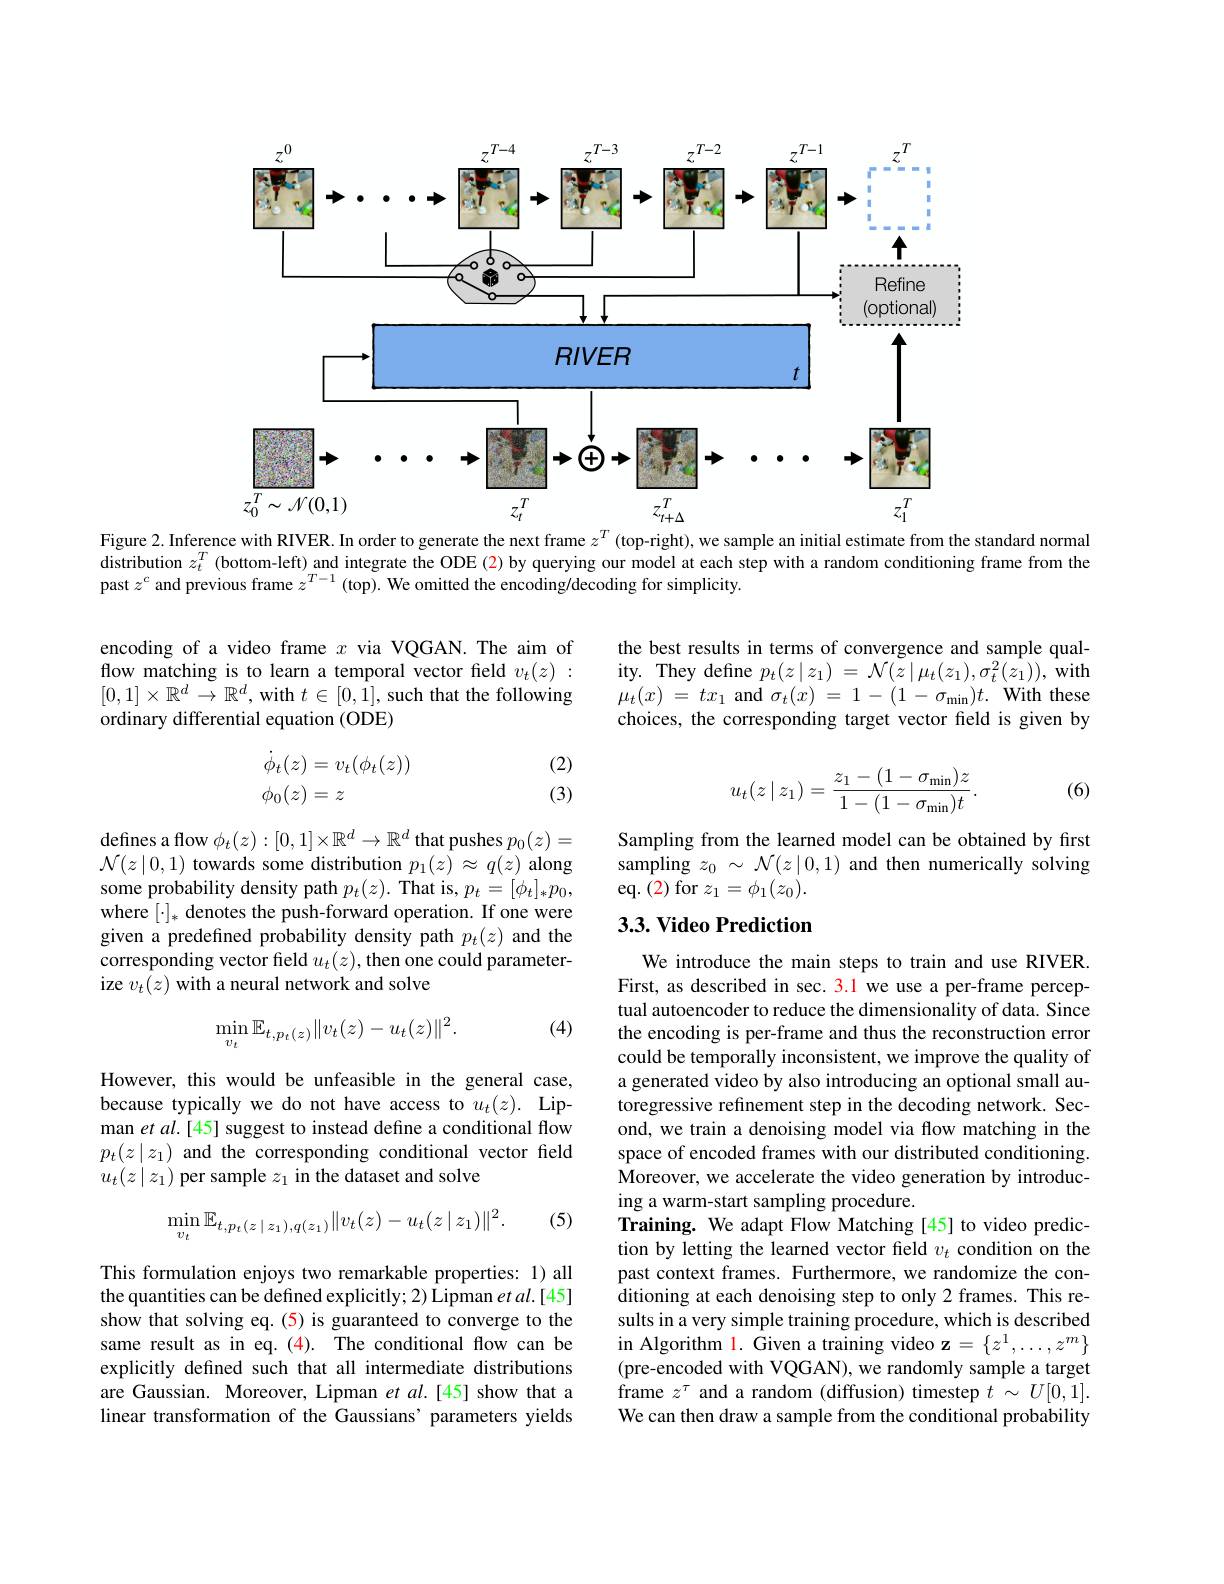
<FigureHere>
Figure 2. Inference with RIVER. In order to generate the next frame $z^T$ (top-right), we sample an initial estimate from the standard normal

distribution $z_t^T$ (bottom-left) and integrate the ODE (2) by querying our model at each step with a random conditioning frame from the
past $z^c$ and previous frame $z^T-1$ (top). We omitted the encoding/decoding for simplicity.

encoding of a video frame $x$ via VQGAN. The aim of flow matching is to learn a temporal vector field $v_t(z):$ $[0,1]\times\mathbb{R}^d\to\mathbb{R}^d$,with $t\in[0,\hat{1}]$, such that the following ordinary differential equation (ODE)

the best results in terms of convergence and sample quality. They define $p_{t}( z\mid z_{1})$ = ${\mathcal{N} }( z\mid \mu _{t}( z_{1}) , \sigma _{t}^{2}( z_{1}) ) $, ${\mathrm{with}}$ $\mu _{t}( x)$ = $tx_{1}$ and $\sigma _t( x)$ = 1 - (1 - $\sigma _{\min }) t.$ With these choices, the corresponding target vector field is given by
$$\begin{aligned}\dot{\phi}_t(z)&=v_t(\phi_t(z))\\\phi_0(z)&=z\end{aligned}$$
(2) (3)

(6)
$$u_t(z\mid z_1)=\frac{z_1-(1-\sigma_{\min})z}{1-(1-\sigma_{\min})t}.$$
Sampling from the learned model can be obtained by first sampling $z_0\sim\mathcal{N}(z\mid0,1)$ and then numerically solving eq. (2) for $z_1=\phi_1(z_0).$

defines a flow $\phi_t(z):[0,1]\times\mathbb{R}^d\to\mathbb{R}^d$ that pushes $p_0(z)=$ $\mathcal{N}(z\mid0,1)$ towards some distribution $p_1(z)\approx q(z)$ along some probability density path $p_t(z).$ That is, $p_t=[\phi_t]_*p_0$, where $[\cdot]_*$ denotes the push-forward operation. If one were given a predefined probability density path $p_t(z)$ and the corresponding vector field $u_t(z)$, then one could parameterize $v_t(z)$ with a neural network and solve

### 3.3. Video Prediction

(4)
$$\min_{v_t}\mathbb{E}_{t,p_t(z)}\|v_t(z)-u_t(z)\|^2.$$
However, this would be unfeasible in the general case, because typically we do not have access to $u_t(z).$ Lipman et al.[45] suggest to instead define a conditional flow $p_t(z\mid z_1)$ and the corresponding conditional vector field $u_{t}(z\mid z_{1})$ per sample $z_1$ in the dataset and solve

We introduce the main steps to train and use RIVER First, as described in sec. 3.1 we use a per-frame perceptual autoencoder to reduce the dimensionality of data. Since the encoding is per-frame and thus the reconstruction error could be temporally inconsistent, we improve the quality of a generated video by also introducing an optional small autoregressive refinement step in the decoding network. Second, we train a denoising model via flow matching in the space of encoded frames with our distributed conditioning. Moreover, we accelerate the video generation by introducing a warm-start sampling procedure.
Training. We adapt Flow Matching [45] to video prediction by letting the learned vector field $v_t$ condition on the past context frames. Furthermore, we randomize the conditioning at each denoising step to only 2 frames. This re- sults in a very simple training procedure, which is described in Algorithm 1. Given a training video $\mathbf{z}=\{z^1,\ldots,z^m\}$ (pre-encoded with VQGAN), we randomly sample a target frame $z^\tau$ and a random (diffusion) timestep $t\sim U[0,1].$ We can then draw a sample from the conditional probability
$$\min_{v_t}\mathbb{E}_{t,p_t(z\mid z_1),q(z_1)}\|v_t(z)-u_t(z\mid z_1)\|^2.$$
(5)

This formulation enjoys two remarkable properties: 1) all the quantities can be defined explicitly; 2) Lipman et al.[45] show that solving eq.(5) is guaranteed to converge to the same result as in eq.(4). The conditional flow can be explicitly defined such that all intermediate distributions are Gaussian. Moreover, Lipman et al.[45] show that a linear transformation of the Gaussians' parameters yields